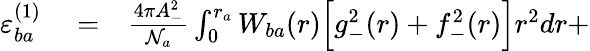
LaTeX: \begin{array}{rlr}{\varepsilon_{ba}^{(1)}}&{{}=}&{\frac{4\pi A_{-}^{2}}{\mathcal{N}_{a}}\int_{0}^{r_{a}}W_{ba}(r)\Big[g_{-}^{2}(r)+f_{-}^{2}(r)\Big]r^{2}dr+}\end{array}